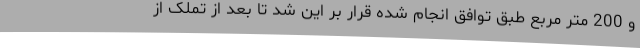
و 200 متر مربع طبق توافق انجام شده قرار بر این شد تا بعد از تملک از